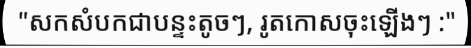
"សកសំបកជាបន្ទះតូចៗ, រូតកោសចុះឡើងៗ :"